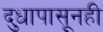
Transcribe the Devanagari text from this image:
दुधापासूनही